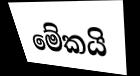
මේකයි